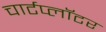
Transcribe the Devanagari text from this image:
चार्टप्लॉटर